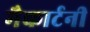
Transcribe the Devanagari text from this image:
मैकार्टनी